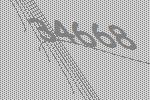
34668